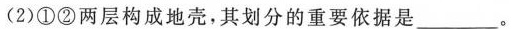
(2)①②两层构成地壳，其划分的重要依据是_____。